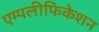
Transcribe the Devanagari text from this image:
एम्पलीफिकेशन